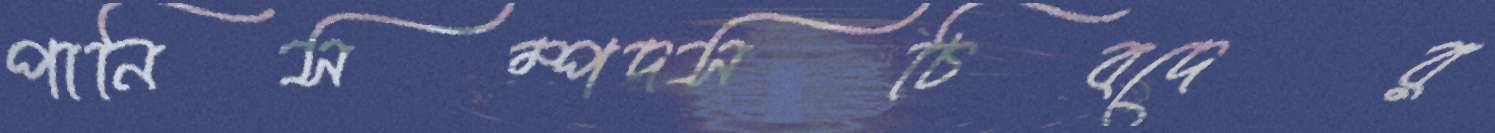
পানিসম্পদসচিবদের